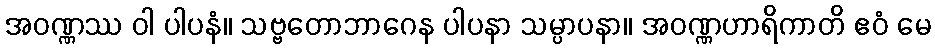
အဝဏ္ဏဿ ဝါ ပါပနံ။ သဗ္ဗတောဘာဂေန ပါပနာ သမ္ပာပနာ။ အဝဏ္ဏဟာရိကာတိ ဧဝံ မေ